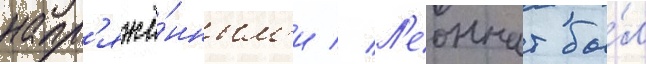
напр'яжё́нным'и // Л'еоннат бы́л